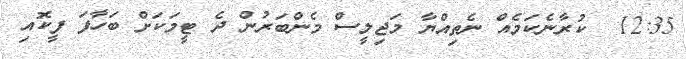
12:35  ކުރާނެކަމެއް ނެތިއްޔާ މަޖިލީސް މެންބަރުން ދެ ޓީމަކަށް ބަހާފަ ފީކޮއި